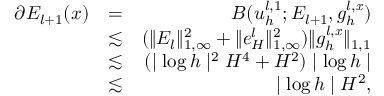
\begin{array} { r l r } { \partial E _ { l + 1 } ( \boldsymbol { x } ) } & { = } & { B ( u _ { h } ^ { l , 1 } ; E _ { l + 1 } , g _ { h } ^ { l , \boldsymbol { x } } ) } \\ & { \lesssim } & { ( \| E _ { l } \| _ { 1 , \infty } ^ { 2 } + \| e _ { H } ^ { l } \| _ { 1 , \infty } ^ { 2 } ) \| g _ { h } ^ { l , \boldsymbol { x } } \| _ { 1 , 1 } } \\ & { \lesssim } & { ( \mid \log h \mid ^ { 2 } H ^ { 4 } + H ^ { 2 } ) \mid \log h \mid } \\ & { \lesssim } & { \mid \log h \mid H ^ { 2 } , } \end{array}